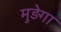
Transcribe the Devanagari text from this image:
मुड़ेगा